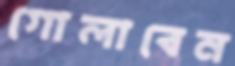
গোলাবেন